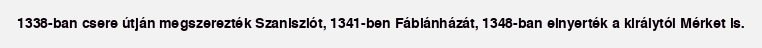
1338-ban csere útján megszerezték Szaniszlót, 1341-ben Fábiánházát, 1348-ban elnyerték a királytól Mérket is.